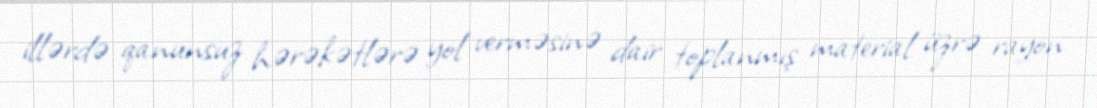
illərdə qanunsuz hərəkətlərə yol verməsinə dair toplanmış material üzrə rayon